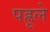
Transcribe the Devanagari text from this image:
पह्रूले